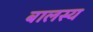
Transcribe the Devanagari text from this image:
बालस्य